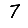
Digit: 7